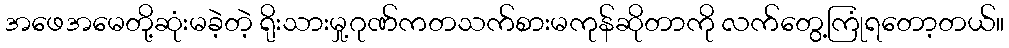
အဖေအမေတို့ဆုံးမခဲ့တဲ့ ရိုးသားမှု့ဂုဏ်ကတသက်စားမကုန်ဆိုတာကို လက်တွေ့ကြုံရတော့တယ်။